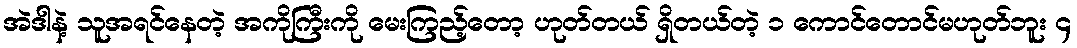
အဲဒါနဲ့ သူအရင်နေတဲ့ အကိုကြီးကို မေးကြည့်တော့ ဟုတ်တယ် ရှိတယ်တဲ့ ၁ ကောင်တောင်မဟုတ်ဘူး ၄